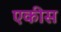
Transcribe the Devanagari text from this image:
एकीस